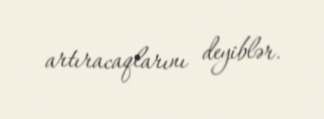
artıracaqlarını deyiblər.